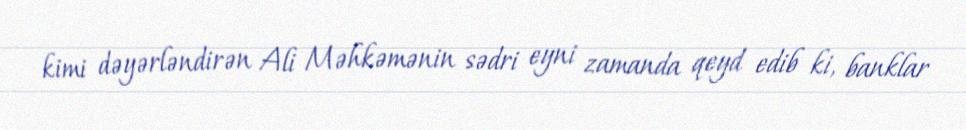
kimi dəyərləndirən Ali Məhkəmənin sədri eyni zamanda qeyd edib ki, banklar